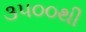
૩૫૦૦થી